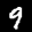
Label: 9